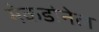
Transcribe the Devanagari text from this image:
मेकडोनेल